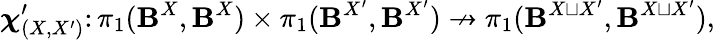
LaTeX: \boldsymbol{\chi}_{(X,X^{\prime})}^{\prime}\colon\pi_{1}({\boldsymbol{\mathbf{B}}}^{X},{\boldsymbol{\mathbf{B}}}^{X})\times\pi_{1}({\boldsymbol{\mathbf{B}}}^{X^{\prime}},{\boldsymbol{\mathbf{B}}}^{X^{\prime}})\nrightarrow\pi_{1}({\boldsymbol{\mathbf{B}}}^{X\sqcup X^{\prime}},{\boldsymbol{\mathbf{B}}}^{X\sqcup X^{\prime}}),